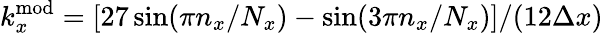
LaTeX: k_{x}^{\mathrm{mod}}=[27\sin(\pi n_{x}/N_{x})-\sin(3\pi n_{x}/N_{x})]/(12\Delta x)